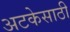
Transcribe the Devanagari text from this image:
अटकेसाठी